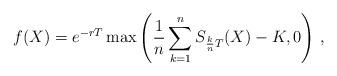
LaTeX: \begin{align*}f(X)=e^{-r T}\max\left(\frac{1}{n}\sum_{k=1}^n S_{\frac{k}{n}T}(X)-K,0\right)\,,\end{align*}